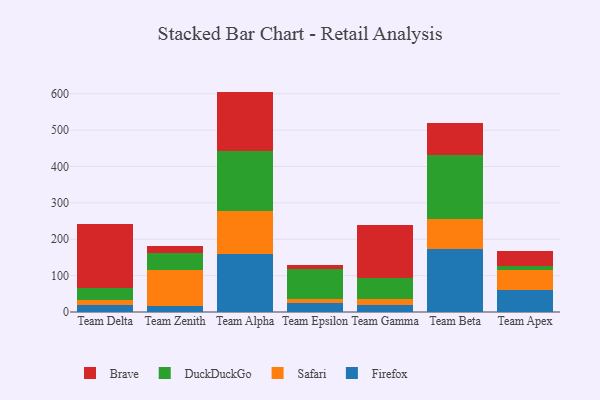
{"axis": {"x": "Team", "y": "Page Views"}, "legend": ["Brave", "DuckDuckGo", "Firefox", "Safari"], "data": [{"x": "Team Delta", "y": 18.8, "type": "Firefox"}, {"x": "Team Delta", "y": 13.2, "type": "Safari"}, {"x": "Team Delta", "y": 33.4, "type": "DuckDuckGo"}, {"x": "Team Delta", "y": 177.0, "type": "Brave"}, {"x": "Team Zenith", "y": 17.2, "type": "Firefox"}, {"x": "Team Zenith", "y": 99.0, "type": "Safari"}, {"x": "Team Zenith", "y": 46.6, "type": "DuckDuckGo"}, {"x": "Team Zenith", "y": 18.4, "type": "Brave"}, {"x": "Team Alpha", "y": 158.6, "type": "Firefox"}, {"x": "Team Alpha", "y": 119.3, "type": "Safari"}, {"x": "Team Alpha", "y": 163.6, "type": "DuckDuckGo"}, {"x": "Team Alpha", "y": 164.4, "type": "Brave"}, {"x": "Team Epsilon", "y": 26.1, "type": "Firefox"}, {"x": "Team Epsilon", "y": 8.8, "type": "Safari"}, {"x": "Team Epsilon", "y": 84.3, "type": "DuckDuckGo"}, {"x": "Team Epsilon", "y": 10.6, "type": "Brave"}, {"x": "Team Gamma", "y": 18.9, "type": "Firefox"}, {"x": "Team Gamma", "y": 15.9, "type": "Safari"}, {"x": "Team Gamma", "y": 58.4, "type": "DuckDuckGo"}, {"x": "Team Gamma", "y": 145.5, "type": "Brave"}, {"x": "Team Beta", "y": 173.8, "type": "Firefox"}, {"x": "Team Beta", "y": 81.6, "type": "Safari"}, {"x": "Team Beta", "y": 176.1, "type": "DuckDuckGo"}, {"x": "Team Beta", "y": 89.4, "type": "Brave"}, {"x": "Team Apex", "y": 60.3, "type": "Firefox"}, {"x": "Team Apex", "y": 55.2, "type": "Safari"}, {"x": "Team Apex", "y": 10.8, "type": "DuckDuckGo"}, {"x": "Team Apex", "y": 40.5, "type": "Brave"}]}